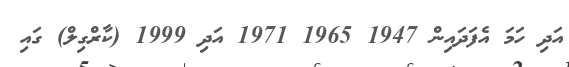
އަދި ހަމަ އެފަދައިން 1947 1965 1971 އަދި 1999 (ކާރްގިލް) ގައި